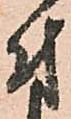
付